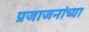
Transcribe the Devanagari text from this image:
प्रजाजनांच्या